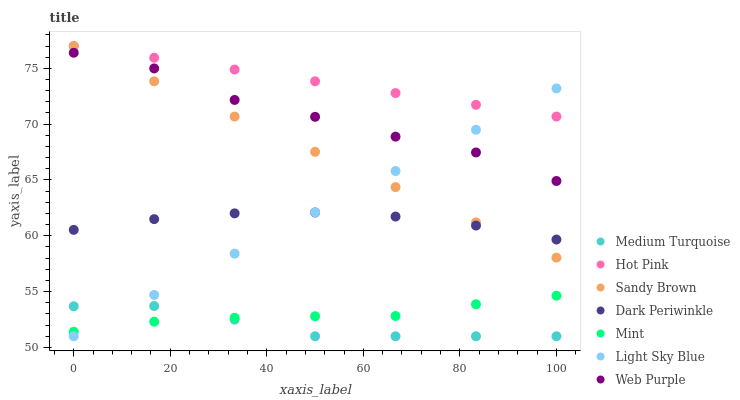
| xaxis_label | Medium Turquoise | Hot Pink | Sandy Brown | Dark Periwinkle | Mint | Light Sky Blue | Web Purple |
 | --- | --- | --- | --- | --- | --- | --- | --- |
 | 0 | 53.7 | 77 | 77 | 60.5 | 51.4 | 51 | 76.4 |
 | 16.7 | 53.7 | 75.9 | 73.8 | 61.5 | 52.3 | 54.7 | 75 |
 | 33.3 | 52.5 | 74.9 | 70.7 | 62 | 52.7 | 58.4 | 72.2 |
 | 50 | 51 | 73.8 | 67.5 | 62.1 | 52.8 | 62.1 | 70.7 |
 | 66.7 | 51 | 72.8 | 64.4 | 61.7 | 52.8 | 65.8 | 68.9 |
 | 83.3 | 51 | 71.7 | 61.2 | 60.9 | 53.9 | 69.5 | 67.5 |
 | 100 | 51 | 70.7 | 58 | 59.7 | 54.6 | 73.2 | 64.9 |